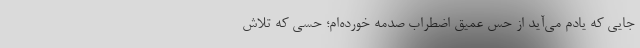
جایی که یادم می‌آید از حس عمیق اضطراب صدمه خورده‌ام؛ حسی که تلاش